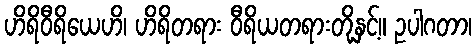
ဟိရိဝီရိယေဟိ၊ ဟိရိတရား ဝီရိယတရားတို့နှင့်။ ဥပါဂတာ၊